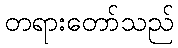
တရားတော်သည်